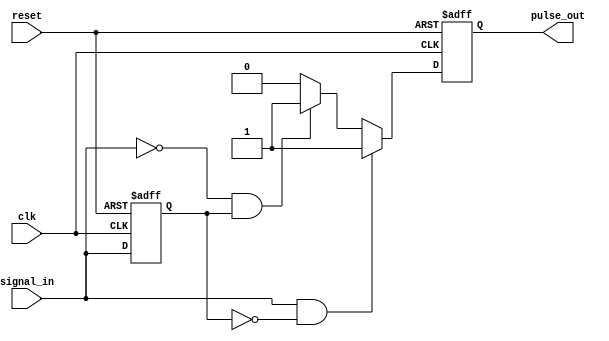
module pulse_edge_detector (
    input wire clk,            // Clock signal
    input wire reset,          // Reset signal
    input wire signal_in,      // Input signal to detect edges
    output reg pulse_out       // Output pulse signal
);

    reg previous_state;        // Memory block to store the previous state of signal_in

    // Edge detection logic
    always @(posedge clk or posedge reset) begin
        if (reset) begin
            previous_state <= 1'b0; // Initialize previous state to logic 0
            pulse_out <= 1'b0;       // Initialize pulse output to logic 0
        end else begin
            // Check for rising edge
            if (signal_in && !previous_state) begin
                pulse_out <= 1'b1; // Output pulse for rising edge
            end
            // Check for falling edge
            else if (!signal_in && previous_state) begin
                pulse_out <= 1'b1; // Output pulse for falling edge
            end
            else begin
                pulse_out <= 1'b0;  // No edge detected, clear pulse output
            end
            
            // Update previous state
            previous_state <= signal_in;
        end
    end

endmodule